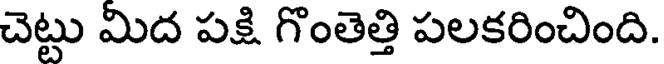
చెట్టు మిద పక్షి గొంతెత్తి పలకరించింది.